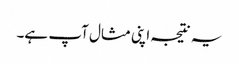
یہ نتیجہ اپنی مثال آپ ہے۔